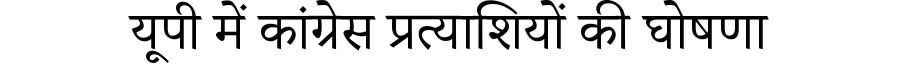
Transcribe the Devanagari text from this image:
यूपी में कांग्रेस प्रत्याशियों की घोषणा